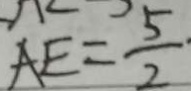
A E = \frac { 5 } { 2 } \cdot